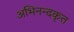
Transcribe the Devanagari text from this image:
अभिनन्दकृत